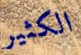
الكثير